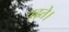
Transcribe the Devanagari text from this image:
चढ़ते।